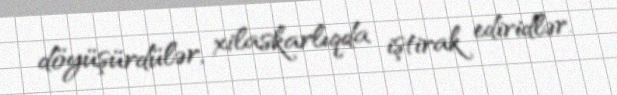
döyüşürdülər, xilaskarlıqda iştirak ediridlər.